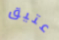
عتيق